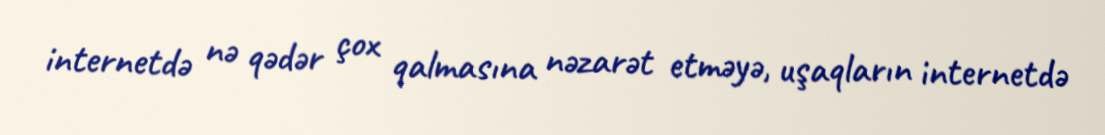
internetdə nə qədər çox qalmasına nəzarət etməyə, uşaqların internetdə